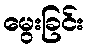
မွေးခြင်း